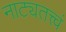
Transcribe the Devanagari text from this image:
नाट्यतत्त्वं